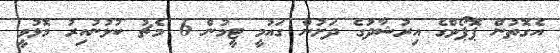
އެގޮތުން ޕޮޕޯވްގެ އިރުޝާދުގެ ދަށުން ގައުމީ ޓީމުން 6 މެޗު ކުޅުނުއިރު މޮޅުވީ